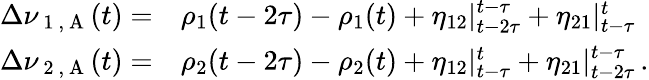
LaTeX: \begin{array}{rl}{\Delta\nu_{\mathrm{~1~,~A~}}(t)=}&{{}\rho_{1}(t-2\tau)-\rho_{1}(t)+\eta_{12}|_{t-2\tau}^{t-\tau}+\eta_{21}|_{t-\tau}^{t}}\\ {\Delta\nu_{\mathrm{~2~,~A~}}(t)=}&{{}\rho_{2}(t-2\tau)-\rho_{2}(t)+\eta_{12}|_{t-\tau}^{t}+\eta_{21}|_{t-2\tau}^{t-\tau}\, .}\end{array}